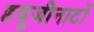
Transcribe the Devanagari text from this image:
हयूजीनाटों